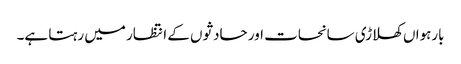
بارہواں کھلاڑی سانحات اور حادثوں کے انتظار میں رہتا ہے۔